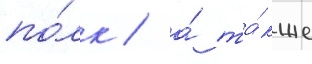
по́лк / а́ та́кже